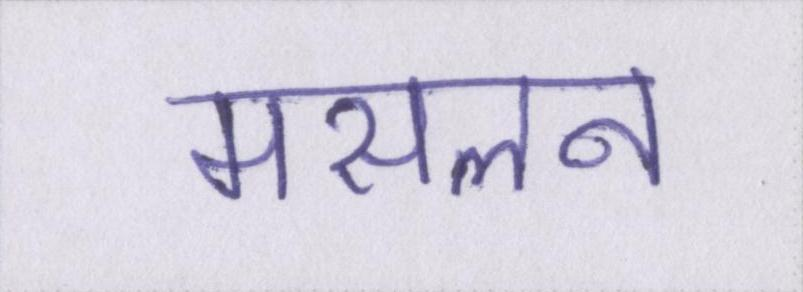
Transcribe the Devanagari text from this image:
मसलन